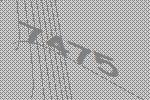
7475